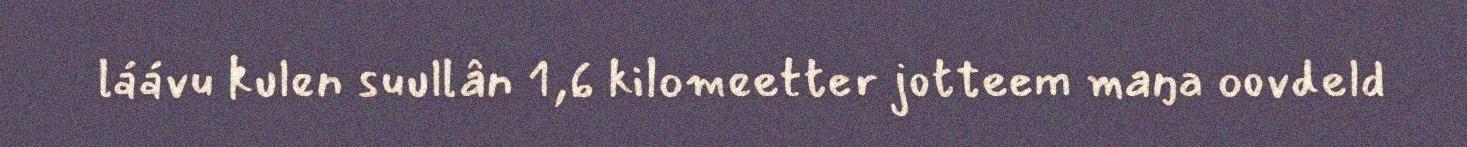
láávu kulen suullân 1,6 kilomeetter jotteem maŋa oovdeld